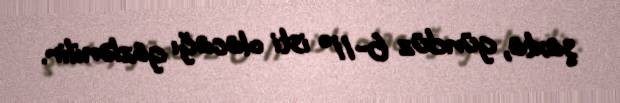
şaxta, gündüz 6-11° isti olacağı gözlənilir.